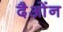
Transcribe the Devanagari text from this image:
दैओंन